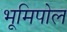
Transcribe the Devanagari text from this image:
भूमिपोल